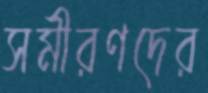
সমীরণদের